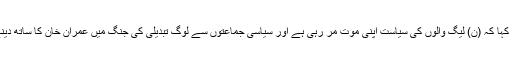
مر کزی ڈپٹی سیکرٹری جنرل فرخ حبیب نے کہا کہ (ن) لیگ والوں کی سیاست اپنی موت مر رہی ہے اور سیاسی جماعتوں سے لوگ تبدیلی کی جنگ میں عمران خان کا ساتھ دینے کیلئے تحر یک انصاف میں شامل ہو رہے ۔